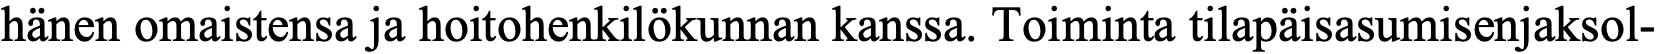
hänen omaistensa ja hoitohenkilökunnan kanssa. Toiminta tilapäisasumisenjaksol-